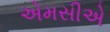
એમસીએ